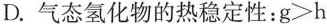
D.气态氢化物的热稳定性：g>h